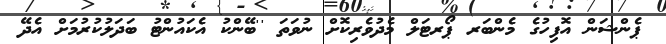
ޕެންޝަން އޮފިހުގެ މެންބަރ ޕޯރޓަލް މެދުވެރިކޮށް ނުވަތަ ''ބޭންކު އެކައުންޓު ބަދަލުކުރުމަށް އެދޭ